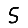
Digit: 5